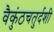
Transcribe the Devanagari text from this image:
वैकुंठचतुर्दशी